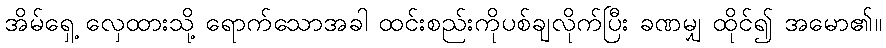
အိမ်ရှေ့ လှေထားသို့ ရောက်သောအခါ ထင်းစည်းကိုပစ်ချလိုက်ပြီး ခဏမျှ ထိုင်၍ အမော၏။